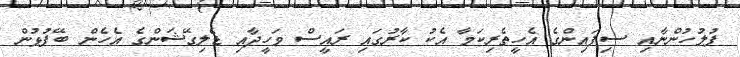
ފުލުހުންނާއި ސިފައިންގެ އެހީތެރިކަމާ އެކު ކާރުގައި ރައީސް ވަހީދާއި ޑެލިގޭޝަންގެ އެހެން ބޭފުޅުން